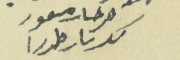
فرحات مسعود كسبار طرزا